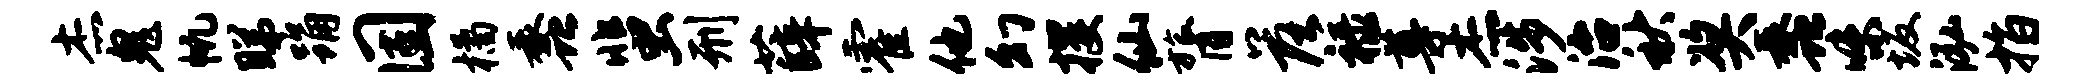
杰鬼帆睇踊固橘蠡蜚刑薛霍他幻攫仙膂落禄尊杰涉治秋奖蠡味坂泓指